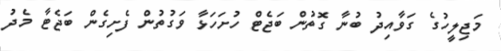
މަޖިލީހުގެ ގަވާއިދު ބުނާ ގޮތުން ބަޖެޓް ހުށަހަޅާ ވަގުތުން ފެށިގެން ބަޖެޓާ މެދު